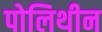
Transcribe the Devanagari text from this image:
पोलिथीन